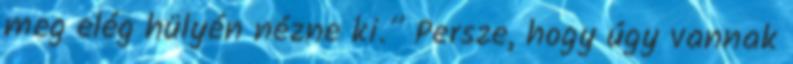
meg elég hülyén nézne ki.” Persze, hogy úgy vannak